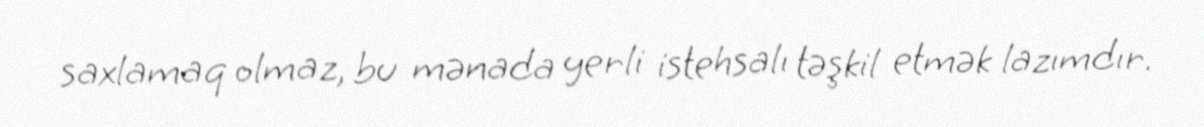
saxlamaq olmaz, bu mənada yerli istehsalı təşkil etmək lazımdır.